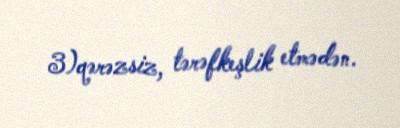
3)qərəzsiz, tərəfkeşlik etmədən.